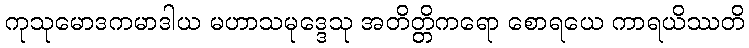
ကုသုမောဒကမာဒါယ မဟာသမုဒ္ဒေသု အတိတ္တိကရော စောရယေ ကာရယိဿတိ